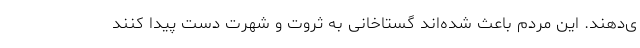
ی‌دهند. این مردم باعث شده‌اند گستاخانی به ثروت و شهرت دست پیدا کنند